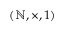
( \mathbb { N } , \times , 1 )